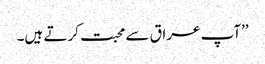
’’آپ عراق سے محبت کرتے ہیں۔